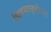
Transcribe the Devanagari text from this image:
चित्रपटसॄष्टीतील